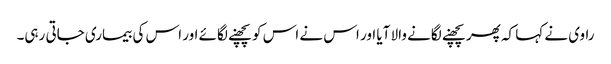
راوی نے کہا کہ پھر پچھنے لگانے والا آیا اور اس نے اس کو پچھنے لگائے اور اس کی بیماری جاتی رہی۔